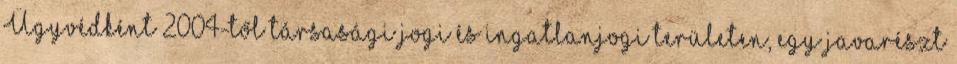
Ügyvédként 2004-től társasági jogi és ingatlanjogi területen, egy javarészt